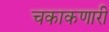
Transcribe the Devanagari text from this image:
चकाकणारी